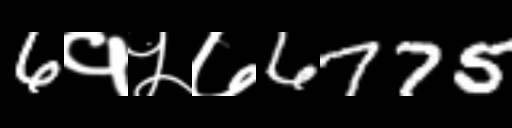
Text: 6१५७6775